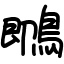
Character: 䳭